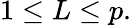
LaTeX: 1\leq L\leq p.